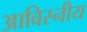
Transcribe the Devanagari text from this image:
आविस्नीय